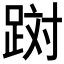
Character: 𲃪